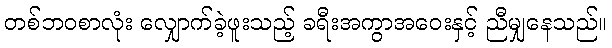
တစ်ဘဝစာလုံး လျှောက်ခဲ့ဖူးသည့် ခရီးအကွာအဝေးနှင့် ညီမျှနေသည်။